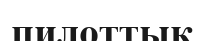
пилоттық